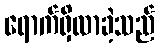
ရောက်ရှိလာခဲ့သည်